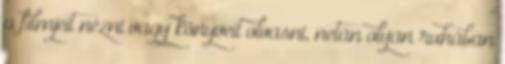
a filmjeit nézni vagy könyveit olvasni, netán olyan ruhában